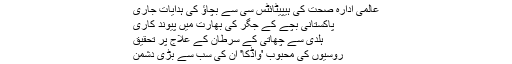
عالمی ادارہ ِصحت کی ہیپیٹائٹس سی سے بچاؤ کی ہدایات جاری
پاکستانی بچے کے جگر کی بھارت میں پیوند کاری
ہلدی سے چھاتی کے سرطان کے علاج پر تحقیق
روسیوں کی محبوب 'واڈکا' ان کی سب سے بڑی دشمن